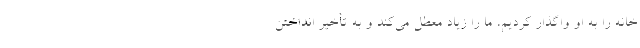
خانه را به او واگذار کردیم، ما را زیاد معطل می‌کند و به تأخیر انداختن